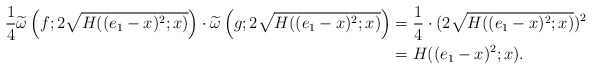
\begin{align*}\frac{1}{4}\widetilde{\omega}\left(f;2\sqrt{H((e_1-x)^2;x)}\right)\cdot\widetilde{\omega}\left(g;2\sqrt{H((e_1-x)^2;x)}\right)&=\frac{1}{4}\cdot (2\sqrt{H((e_1-x)^2;x)})^2\\&=H((e_1-x)^2;x).\end{align*}